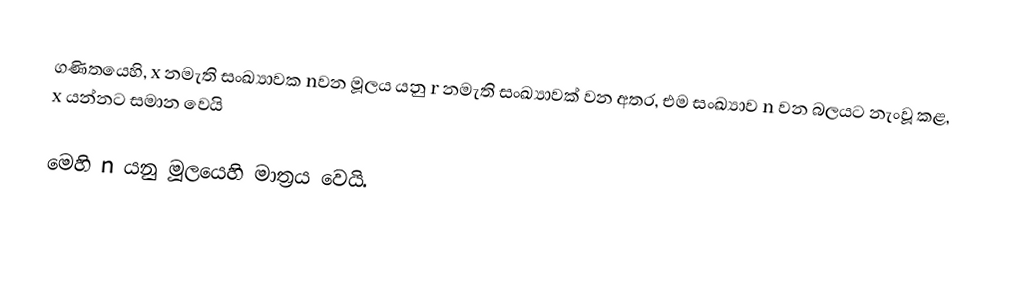
ගණිතයෙහි,   x නමැති සංඛ්‍යාවක  nවන මූලය  යනු r නමැති සංඛ්‍යාවක් වන අතර, එම සංඛ්‍යාව n වන බලයට නැංවූ කළ, x යන්නට සමාන වෙයි

මෙහි n යනු මූලයෙහි මාත්‍රය වෙයි.